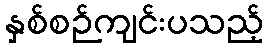
နှစ်စဉ်ကျင်းပသည့်